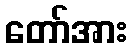
တော်အား